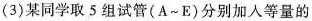
(3)某同学取5组试管(A~E)分别加入等量的